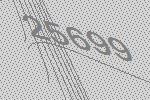
25699